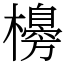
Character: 櫋